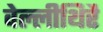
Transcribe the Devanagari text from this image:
वेल्लीथिरै